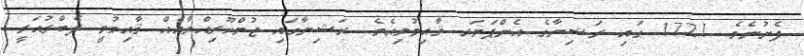
ފެށުނެވެ. 1721 ގައި ރަޝިޔާގެ އެންޕަޔަރ ޤާއިމުވިއެވެ. ރަޝިޔާގައި ޖުމްހޫރިއްޔާއެއް ޤާއިމުވީ ފެބްރުއަރީ